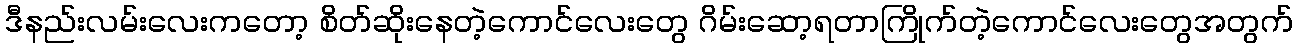
ဒီနည်းလမ်းလေးကတော့ စိတ်ဆိုးနေတဲ့ကောင်လေးတွေ ဂိမ်းဆော့ရတာကြိုက်တဲ့ကောင်လေးတွေအတွက်